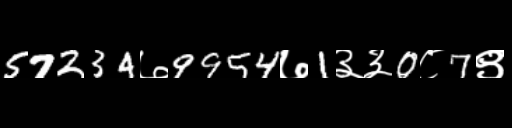
Text: 57234७9954७1३३0८7९